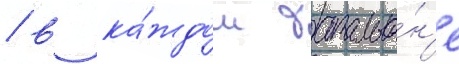
/ в ка́ждом батальо́н'е